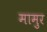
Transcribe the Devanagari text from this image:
मामुर